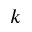
\boldsymbol { k }